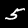
Label: 5